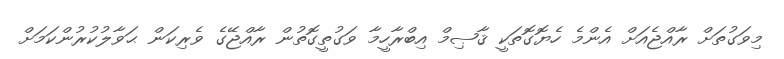
މިވަގުތަށް ރާއްޖެއަށް އެންމެ ހެޔޮގޮތަކީ ޤާޞިމް އިބްރާހީމާ ވަގުތީގޮތުން ރާއްޖޭގެ ވެރިކަން ޙަވާލުކުރުންކަމަށް